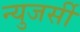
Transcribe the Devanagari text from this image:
न्युजर्सी